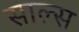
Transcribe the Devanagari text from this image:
साल्स